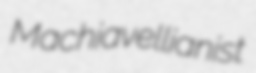
Machiavellianist